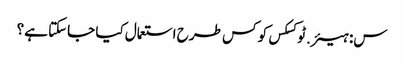
س: ہیئر.ٹوکسکس کو کس طرح استعمال کیا جاسکتا ہے؟